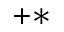
^ { + * }